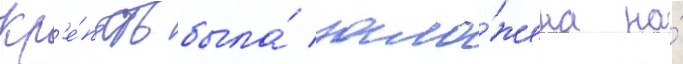
Кр'е́пость была́ зало́жена на́